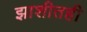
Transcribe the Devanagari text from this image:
झाशीतही